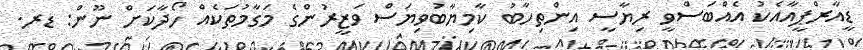
ޑީއާރްޕީއާއެކު އެއްބަސްވީ ރިޔާސީ އިންތިހާބު ކާމިޔާބުވިޔަސް ވަޒީރުންގެ މަގާމުތަކެއް ހޯދާކަށް ނޫން: ޑރ.